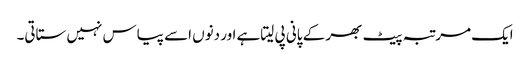
ایک مرتبہ پیٹ بھر کے پانی پی لیتاہے اور دنوں اسے پیاس نہیں ستاتی۔